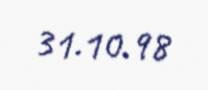
31.10.98